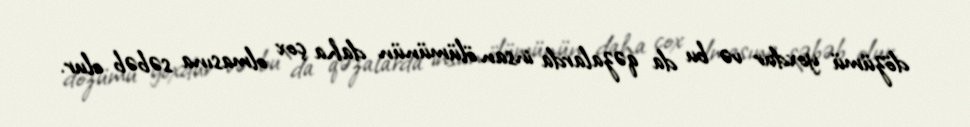
dözümü yoxdur və bu da qəzalarda insan ölümünün daha çox olmasına səbəb olur.